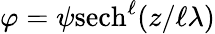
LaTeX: \varphi={\psi}\mathrm{sech}^{\ell}(z/\ell\lambda)